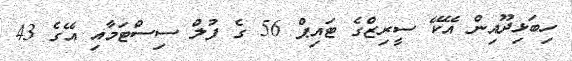
ހިބަޅިދޫއިން އޭކޭ ސީރިޒްގެ ޓައިޕް 56 ގެ ފުލް ސިސްޓަމާއި އޭގެ 43